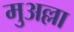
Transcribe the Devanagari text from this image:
मुअल्ला